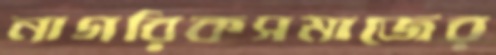
নাগরিকসমাজের